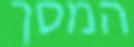
המסך